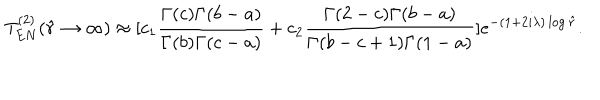
LaTeX: T _ { E N } ^ { ( 2 ) } ( \hat { r } \rightarrow \infty ) \approx [ c _ { 1 } \frac { \Gamma ( c ) \Gamma ( b - a ) } { \Gamma ( b ) \Gamma ( c - a ) } + c _ { 2 } \frac { \Gamma ( 2 - c ) \Gamma ( b - a ) } { \Gamma ( b - c + 1 ) \Gamma ( 1 - a ) } ] e ^ { - ( 1 + 2 i \lambda ) \log \hat { r } } .